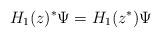
LaTeX: \begin{align*}H_1(z) ^* \Psi = H_1(z^*) \Psi\end{align*}